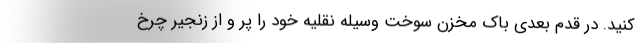
کنید. در قدم بعدی باک مخزن سوخت وسیله نقلیه خود را پر و از زنجیر چرخ